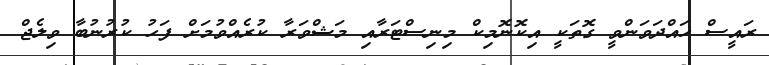
ރައީސް ހައްދަވަންވީ ގޮތަކީ އިކޮނޮމިކް މިނިސްޓަރާއި މަޝްވަރާ ކުރެއްވުމަށް ފަހު ކުރުނުބާ ވިލެޖް